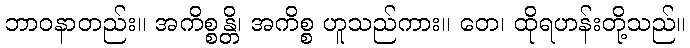
ဘာဝနာတည်း။ အကိစ္စန္တိ၊ အကိစ္စ ဟူသည်ကား။ တေ၊ ထိုရဟန်းတို့သည်။